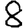
Digit: 8